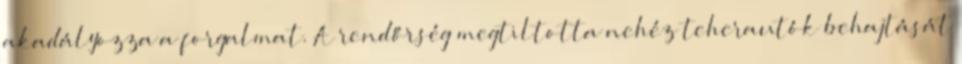
akadályozza a forgalmat. A rendőrség megtiltotta nehéz teherautók behajtását